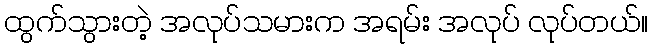
ထွက်သွားတဲ့ အလုပ်သမားက အရမ်း အလုပ် လုပ်တယ်။